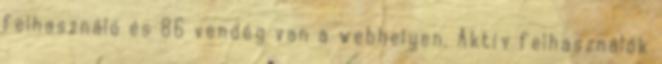
felhasználó és 86 vendég van a webhelyen. Aktív felhasználók